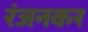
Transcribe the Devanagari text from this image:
रंजनकर